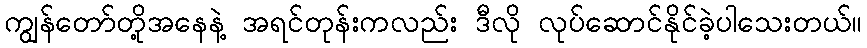
ကျွန်တော်တို့အနေနဲ့ အရင်တုန်းကလည်း ဒီလို လုပ်ဆောင်နိုင်ခဲ့ပါသေးတယ်။